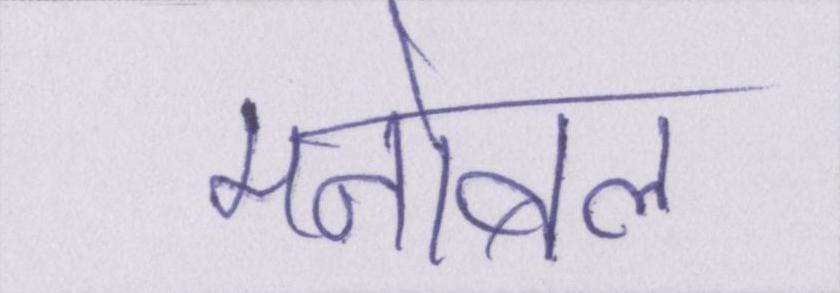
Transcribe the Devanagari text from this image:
मनोबल